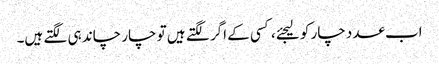
اب عدد چار کو لیجئے، کسی کے اگر لگتے ہیں تو چار چاند ہی لگتے ہیں۔